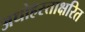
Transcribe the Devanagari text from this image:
अधोहस्ताक्षरित